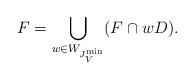
LaTeX: \begin{align*}F = \bigcup_{w \in W_{J^{\min}_V}} (F \cap wD).\end{align*}